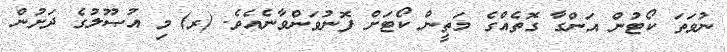
ނުވަތަ ކޯޓުން އަންގާ ގޮތެއްގެ މަތީން ކޯޓަށް ފޮނުވަންވާނެއެވެ. (ރ)	މި އުޞޫލުގެ ދަށުން